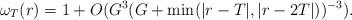
LaTeX: \begin{align*}\omega_T(r)=1+O(G^3(G+\min(|r-T|,|r-2T|))^{-3}).\end{align*}